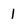
Character: 1